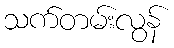
သက်တမ်းလွန်